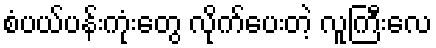
စံပယ်ပန်းကုံးတွေ လိုက်ပေးတဲ့ လူကြီးလေ